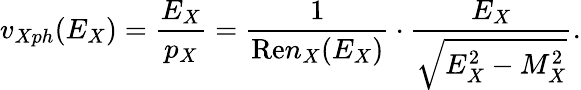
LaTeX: v_{Xph}(E_{X})=\frac{E_{X}}{p_{X}}=\frac{1}{\mathrm{Re}n_{X}(E_{X})}\cdot\frac{E_{X}}{\sqrt{E_{X}^{2}-M_{X}^{2}}}.